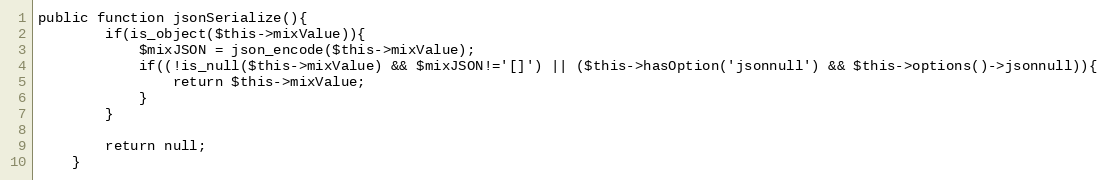
Language: PHP
public function jsonSerialize(){
		if(is_object($this->mixValue)){
			$mixJSON = json_encode($this->mixValue);
			if((!is_null($this->mixValue) && $mixJSON!='[]') || ($this->hasOption('jsonnull') && $this->options()->jsonnull)){
				return $this->mixValue;
			}
		}

		return null;
	}